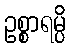
ဥစ္စာရမ္ပိ